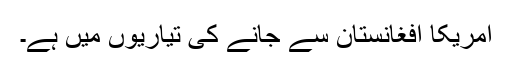
امریکا افغانستان سے جانے کی تیاریوں میں ہے۔